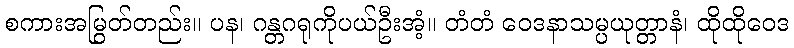
စကားအမြွတ်တည်း။ ပန၊ ဂန္တဂရုကိုပယ်ဦးအံ့။ တံတံ ဝေဒနာသမ္ပယုတ္တာနံ၊ ထိုထိုဝေဒ